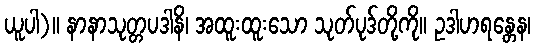
ယူပါ)။ နာနာသုတ္တပဒါနိ၊ အထူးထူးသော သုတ်ပုဒ်တို့ကို။ ဥဒါဟရန္တေန၊